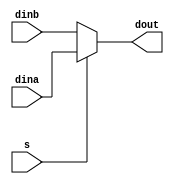
module mux2to1
	#(parameter width = 32) 
	( // multiplexer, 32 bits
		input [width-1:0] dina, // inputs, 32 bits
		input [width-1:0] dinb,
		input s, // input, 1 bit
		output [width-1:0] dout // output, 32 bits
	);
	assign dout = s ? dina : dinb;  // s=1 a; s=0 b;
endmodule